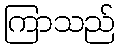
ကြာသည်